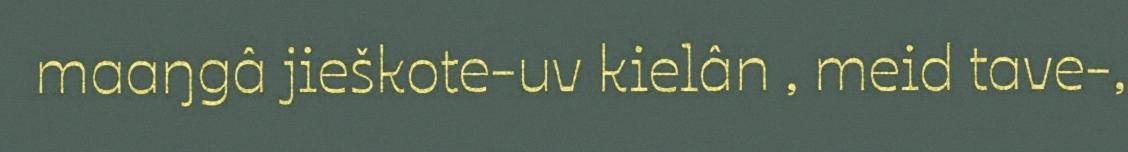
maaŋgâ jieškote-uv kielân , meid tave-,